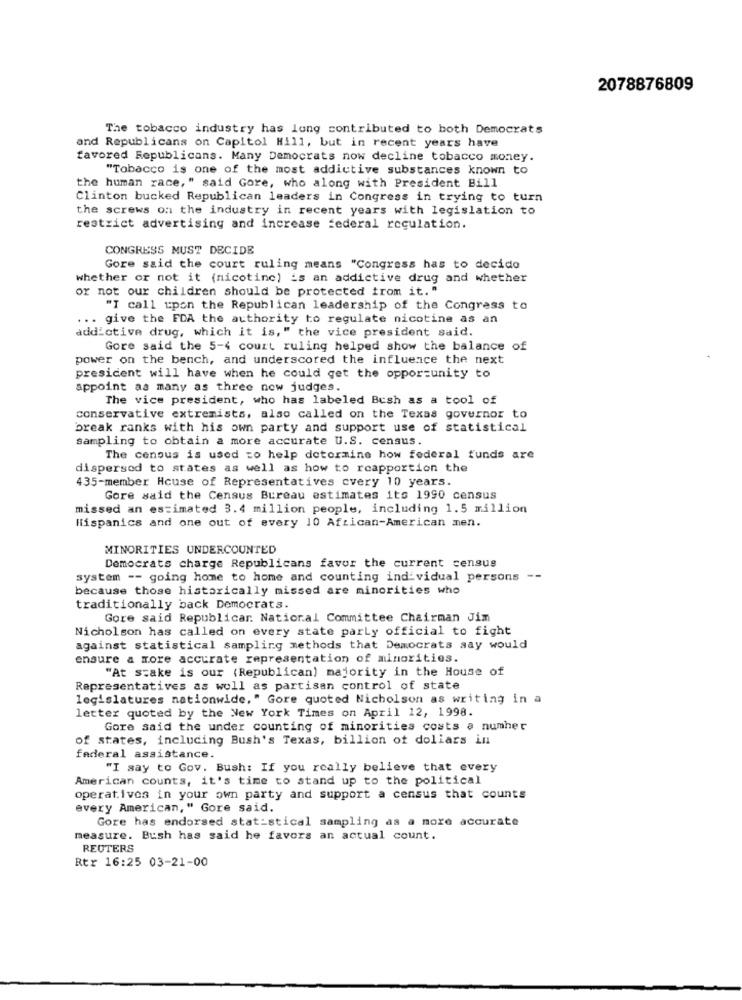
2078876809
The tobacco industry has long contributed to both Democrats
and Republicans on Capitol Hill, but in recent years have
favored Republicans. Many Democrats now decline tobacco money.
"Tobacco is one of the most addictive substances known to
the human race, " said Gore, who along with President Bill
Clinton bucked Republican leaders in Congress in trying to turn
the screws on the industry in recent years with legislation to
restrict advertising and increase federal regulation.
CONGRESS MUST DECIDE
Gore said the court ruling means "Congress has to decido
whether or not it (nicotine) is an addictive drug and whether
or not our children should be protected from it."
"I call upon the Republican leadership of the Congress to
... give the FDA the authority to regulate nicotine as an
addictive drug, which it is," the vice president said.
Gore said the 5-4 court ruling helped show the balance of
power on the bench, and underscored the influence the next
president will have when he could get the opportunity to
appoint as many as three now judges.
The vice president, who has labeled Bush as a tool of
conservative extremists, also called on the Texas governor to
break ranks with his own party and support use of statistical
sampling to obtain a more accurate U.S. census.
The census is used zo help determine how federal funds are
dispersed to states as well as how to reapportion the
435-member House of Representatives cvery 10 years.
Gore said the Census Bureau estimates its 1990 census
missed an estimated 3.4 million people, including 1.5 million
Hispanics and one out of every 10 African-American men.
MINORITIES UNDERCOUNTED
Democrats charge Republicans favor the current census
system -- going home to home and counting individual persons --
because those historically missed are minorities who
traditionally back Democrats.
Gore said Republicar. National Committee Chairman Jim
Nicholson has called on every state parLy official to fight
against statistical sampling methods that Democrats say would
ensure a more accurate representation of minorities.
"At stake is our (Republican) majority in the House of
Representatives as well as partisan control of state
legislatures nationwide," Gore quoted Nicholson as writing in a
letter quoted by the New York Times on April 12, 1998.
Gore said the under counting of minorities costs a numher
of states, including Bush's Texas, billion of dollars in
federal assistance.
"I say to Gov. Bush: If you really believe that every
American counts, it's time to stand up to the political
operativos in your own party and support a census that counts
every American," Gore said.
Gore has endorsed statistical sampling as a more accurate
measure. Bush has said he favors an actual count.
REUTERS
Rtr 16:25 03-21-00